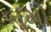
બૂમો